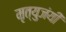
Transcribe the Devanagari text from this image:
मृत्युजंयी